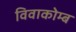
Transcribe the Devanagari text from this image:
विवाकोम्ब